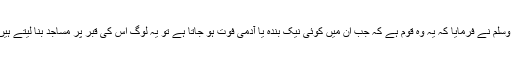
اس پر حضور صلی اللہ علیہ وسلم نے فرمایا کہ یہ وہ قوم ہے کہ جب ان میں کوئی نیک بندہ یا آدمی فوت ہو جاتا ہے تو یہ لوگ اس کی قبر پر مساجد بنا لیتے ہیں اور ان میں بت بنا لیتے ہیں۔